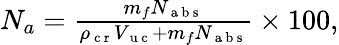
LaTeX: \begin{array}{r}{N_{a}=\frac{m_{f}N_{\mathrm{~a~b~s~}}}{\rho_{\mathrm{~c~r~}}V_{\mathrm{~u~c~}}+m_{f}N_{\mathrm{~a~b~s~}}}\times 100,}\end{array}